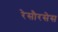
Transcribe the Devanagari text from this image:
रेसौरसेस